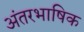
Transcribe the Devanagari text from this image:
अंतरभाषिक